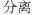
分离